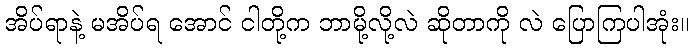
အိပ်ရာနဲ့ မအိပ်ရ အောင် ငါတို့က ဘာမို့လို့လဲ ဆိုတာကို လဲ ပြောကြပါအုံး။